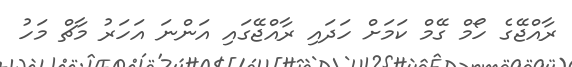
ރާއްޖޭގެ ހޯމް ގޭމް ކަމަށް ހަދައި ރާއްޖޭގައި އަންނަ އަހަރު މާޗް މަހު